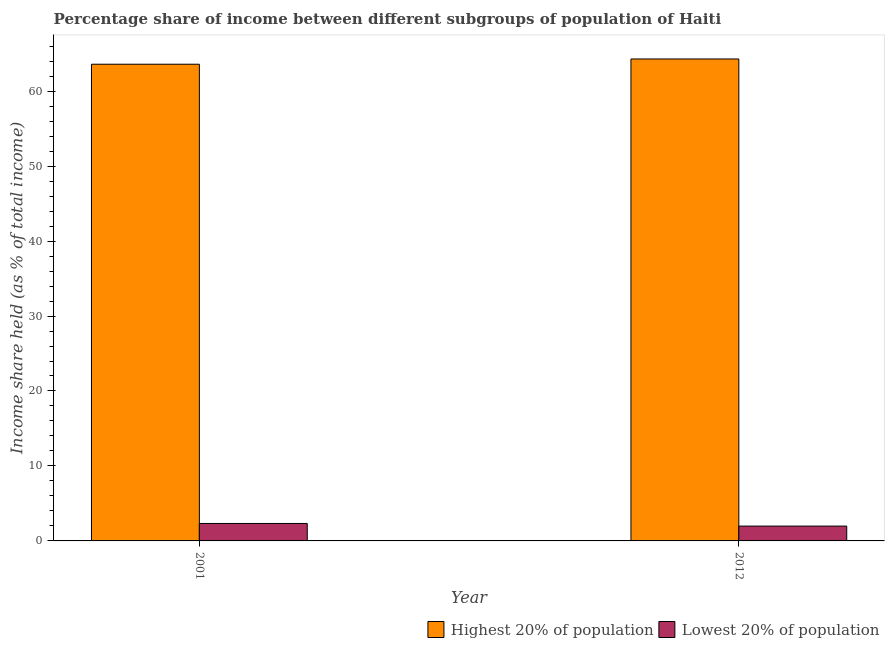
| Year | Highest 20% of population | Lowest 20% of population |
 | --- | --- | --- |
 | 2001 | 63.6 | 2.33 |
 | 2012 | 64.3 | 1.98 |